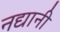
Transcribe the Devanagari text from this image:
नद्यानी